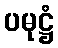
ပမုဋ္ဌံ